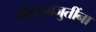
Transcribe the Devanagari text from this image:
गैरसमजुतींना